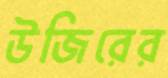
উজিরের